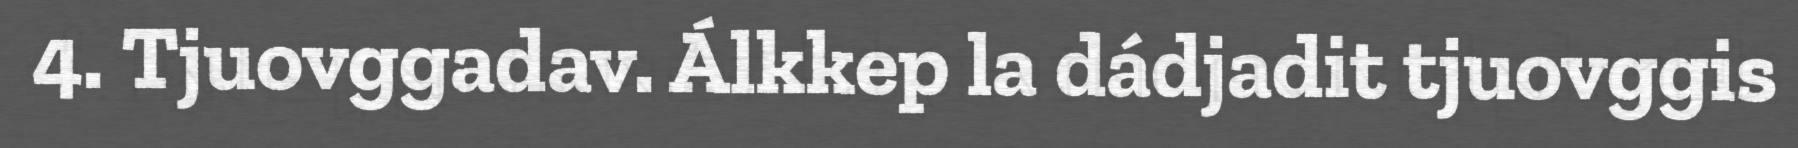
4. Tjuovggadav. Álkkep la dádjadit tjuovggis